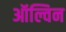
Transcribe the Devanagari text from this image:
ऑल्विन